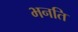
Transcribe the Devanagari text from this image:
भनति